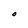
Character: O